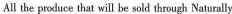
All the produce that will be sold through Naturally